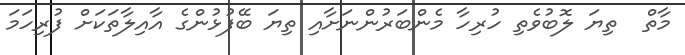
މާތް  ތިޔަ ލޮބުވެތި ހުރިހާ މެންބަރުންނަށާއި ތިޔަ ބޭފުޅުންގެ އާއިލާތަކަށް ފުރިހަމަ